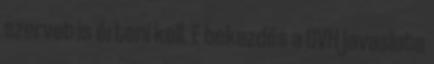
szervet is érteni kell. E bekezdés a GVH javaslata